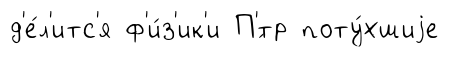
д'е́л'итс'я ф'и́з'ик'и П'́тр поту́хшиjе